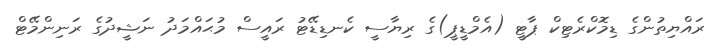
ރައްޔިތުންގެ ޑިމޮކްރެޓިކް ޕާޓީ (އެމްޑީޕީ)ގެ ރިޔާސީ ކެނޑިޑޭޓު ރައީސް މުޙައްމަދު ނަޝީދުގެ ރަނިންމޭޓް